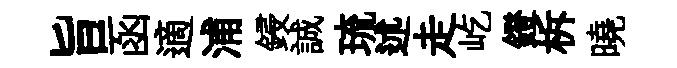
旨函適浦鋟誠琉述走屹鐙柝曉